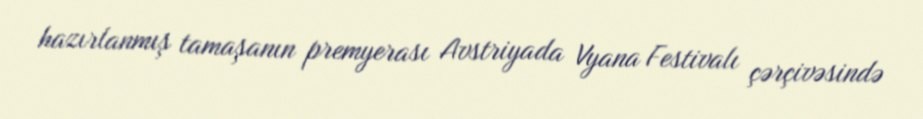
hazırlanmış tamaşanın premyerası Avstriyada Vyana Festivalı çərçivəsində